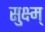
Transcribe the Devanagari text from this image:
सुक्ष्म्